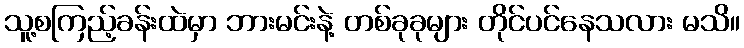
သူ့စကြည့်ခန်းထဲမှာ ဘားမင်းနဲ့ တစ်ခုခုများ တိုင်ပင်နေသလား မသိ။